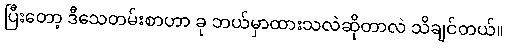
ပြီးတော့ ဒီသေတမ်းစာဟာ ခု ဘယ်မှာထားသလဲဆိုတာလဲ သိချင်တယ်။